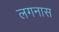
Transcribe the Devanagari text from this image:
लगनास